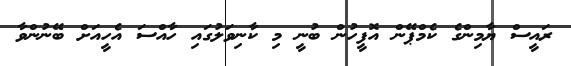
ރައީސް ޔާމިންގެ ކެމްޕޭން އޮފީހުން ބުނީ މި ކާނިވަލުގައި ހާއްސަ އެހީއަށް ބޭނުންވާ